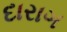
દારાગ